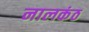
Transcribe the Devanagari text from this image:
नालकंठ